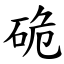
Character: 硊